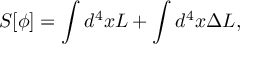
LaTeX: S [ \phi ] = \int d ^ { 4 } x { \cal L } + \int d ^ { 4 } x { \Delta } { \cal L } ,